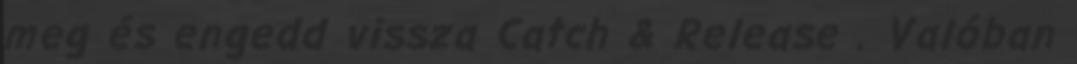
meg és engedd vissza Catch & Release . Valóban